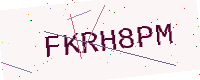
Text: FKRH8PM